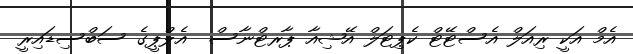
އެމް އަކީ ރިއަލް އެސްޓޭޓް ކެޕިޓަލް އޭޝިއާ ޕާރޓްނާސް  އެލްޕީގެ ސަބްސިޑައިރީ